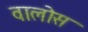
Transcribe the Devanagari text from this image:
वालोस